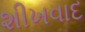
શીખવાદ